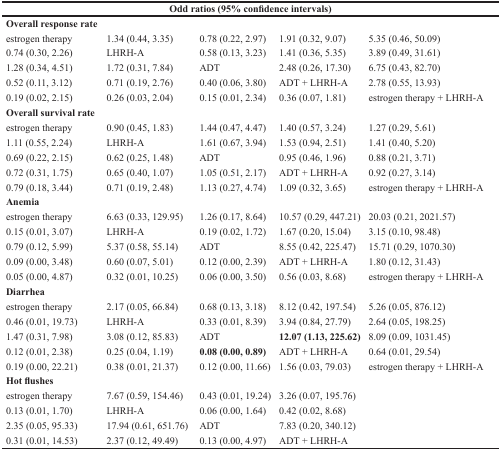
<table><thead><tr><td colspan="5"><b>Odd ratios (95% confidence intervals)</b></td></tr></thead><tbody><tr><td colspan="5"><b>Overall response rate</b></td></tr><tr><td>estrogen therapy</td><td>1.34 (0.44, 3.35)</td><td>0.78 (0.22, 2.97)</td><td>1.91 (0.32, 9.07)</td><td>5.35 (0.46, 50.09)</td></tr><tr><td>0.74 (0.30, 2.26)</td><td>LHRH-A</td><td>0.58 (0.13, 3.23)</td><td>1.41 (0.36, 5.35)</td><td>3.89 (0.49, 31.61)</td></tr><tr><td>1.28 (0.34, 4.51)</td><td>1.72 (0.31, 7.84)</td><td>ADT</td><td>2.48 (0.26, 17.30)</td><td>6.75 (0.43, 82.70)</td></tr><tr><td>0.52 (0.11, 3.12)</td><td>0.71 (0.19, 2.76)</td><td>0.40 (0.06, 3.80)</td><td>ADT + LHRH-A</td><td>2.78 (0.55, 13.93)</td></tr><tr><td>0.19 (0.02, 2.15)</td><td>0.26 (0.03, 2.04)</td><td>0.15 (0.01, 2.34)</td><td>0.36 (0.07, 1.81)</td><td>estrogen therapy + LHRH-A</td></tr><tr><td colspan="5"><b>Overall survival rate</b></td></tr><tr><td>estrogen therapy</td><td>0.90 (0.45, 1.83)</td><td>1.44 (0.47, 4.47)</td><td>1.40 (0.57, 3.24)</td><td>1.27 (0.29, 5.61)</td></tr><tr><td>1.11 (0.55, 2.24)</td><td>LHRH-A</td><td>1.61 (0.67, 3.94)</td><td>1.53 (0.94, 2.51)</td><td>1.41 (0.40, 5.20)</td></tr><tr><td>0.69 (0.22, 2.15)</td><td>0.62 (0.25, 1.48)</td><td>ADT</td><td>0.95 (0.46, 1.96)</td><td>0.88 (0.21, 3.71)</td></tr><tr><td>0.72 (0.31, 1.75)</td><td>0.65 (0.40, 1.07)</td><td>1.05 (0.51, 2.17)</td><td>ADT + LHRH-A</td><td>0.92 (0.27, 3.14)</td></tr><tr><td>0.79 (0.18, 3.44)</td><td>0.71 (0.19, 2.48)</td><td>1.13 (0.27, 4.74)</td><td>1.09 (0.32, 3.65)</td><td>estrogen therapy + LHRH-A</td></tr><tr><td colspan="5"><b>Anemia</b></td></tr><tr><td>estrogen therapy</td><td>6.63 (0.33, 129.95)</td><td>1.26 (0.17, 8.64)</td><td>10.57 (0.29, 447.21)</td><td>20.03 (0.21, 2021.57)</td></tr><tr><td>0.15 (0.01, 3.07)</td><td>LHRH-A</td><td>0.19 (0.02, 1.72)</td><td>1.67 (0.20, 15.04)</td><td>3.15 (0.10, 98.48)</td></tr><tr><td>0.79 (0.12, 5.99)</td><td>5.37 (0.58, 55.14)</td><td>ADT</td><td>8.55 (0.42, 225.47)</td><td>15.71 (0.29, 1070.30)</td></tr><tr><td>0.09 (0.00, 3.48)</td><td>0.60 (0.07, 5.01)</td><td>0.12 (0.00, 2.39)</td><td>ADT + LHRH-A</td><td>1.80 (0.12, 31.43)</td></tr><tr><td>0.05 (0.00, 4.87)</td><td>0.32 (0.01, 10.25)</td><td>0.06 (0.00, 3.50)</td><td>0.56 (0.03, 8.68)</td><td>estrogen therapy + LHRH-A</td></tr><tr><td colspan="5"><b>Diarrhea</b></td></tr><tr><td>estrogen therapy</td><td>2.17 (0.05, 66.84)</td><td>0.68 (0.13, 3.18)</td><td>8.12 (0.42, 197.54)</td><td>5.26 (0.05, 876.12)</td></tr><tr><td>0.46 (0.01, 19.73)</td><td>LHRH-A</td><td>0.33 (0.01, 8.39)</td><td>3.94 (0.84, 27.79)</td><td>2.64 (0.05, 198.25)</td></tr><tr><td>1.47 (0.31, 7.98)</td><td>3.08 (0.12, 85.83)</td><td>ADT</td><td><b>12.07 (1.13, 225.62)</b></td><td>8.09 (0.09, 1031.45)</td></tr><tr><td>0.12 (0.01, 2.38)</td><td>0.25 (0.04, 1.19)</td><td><b>0.08 (0.00, 0.89)</b></td><td>ADT + LHRH-A</td><td>0.64 (0.01, 29.54)</td></tr><tr><td>0.19 (0.00, 22.21)</td><td>0.38 (0.01, 21.37)</td><td>0.12 (0.00, 11.66)</td><td>1.56 (0.03, 79.03)</td><td>estrogen therapy + LHRH-A</td></tr><tr><td colspan="5"><b>Hot flushes</b></td></tr><tr><td>estrogen therapy</td><td>7.67 (0.59, 154.46)</td><td>0.43 (0.01, 19.24)</td><td>3.26 (0.07, 195.76)</td><td rowspan="4"></td></tr><tr><td>0.13 (0.01, 1.70)</td><td>LHRH-A</td><td>0.06 (0.00, 1.64)</td><td>0.42 (0.02, 8.68)</td></tr><tr><td>2.35 (0.05, 95.33)</td><td>17.94 (0.61, 651.76)</td><td>ADT</td><td>7.83 (0.20, 340.12)</td></tr><tr><td>0.31 (0.01, 14.53)</td><td>2.37 (0.12, 49.49)</td><td>0.13 (0.00, 4.97)</td><td>ADT + LHRH-A</td></tr></tbody></table>